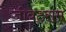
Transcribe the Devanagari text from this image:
जीवटराम